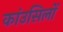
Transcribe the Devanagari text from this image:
कांउसिलों